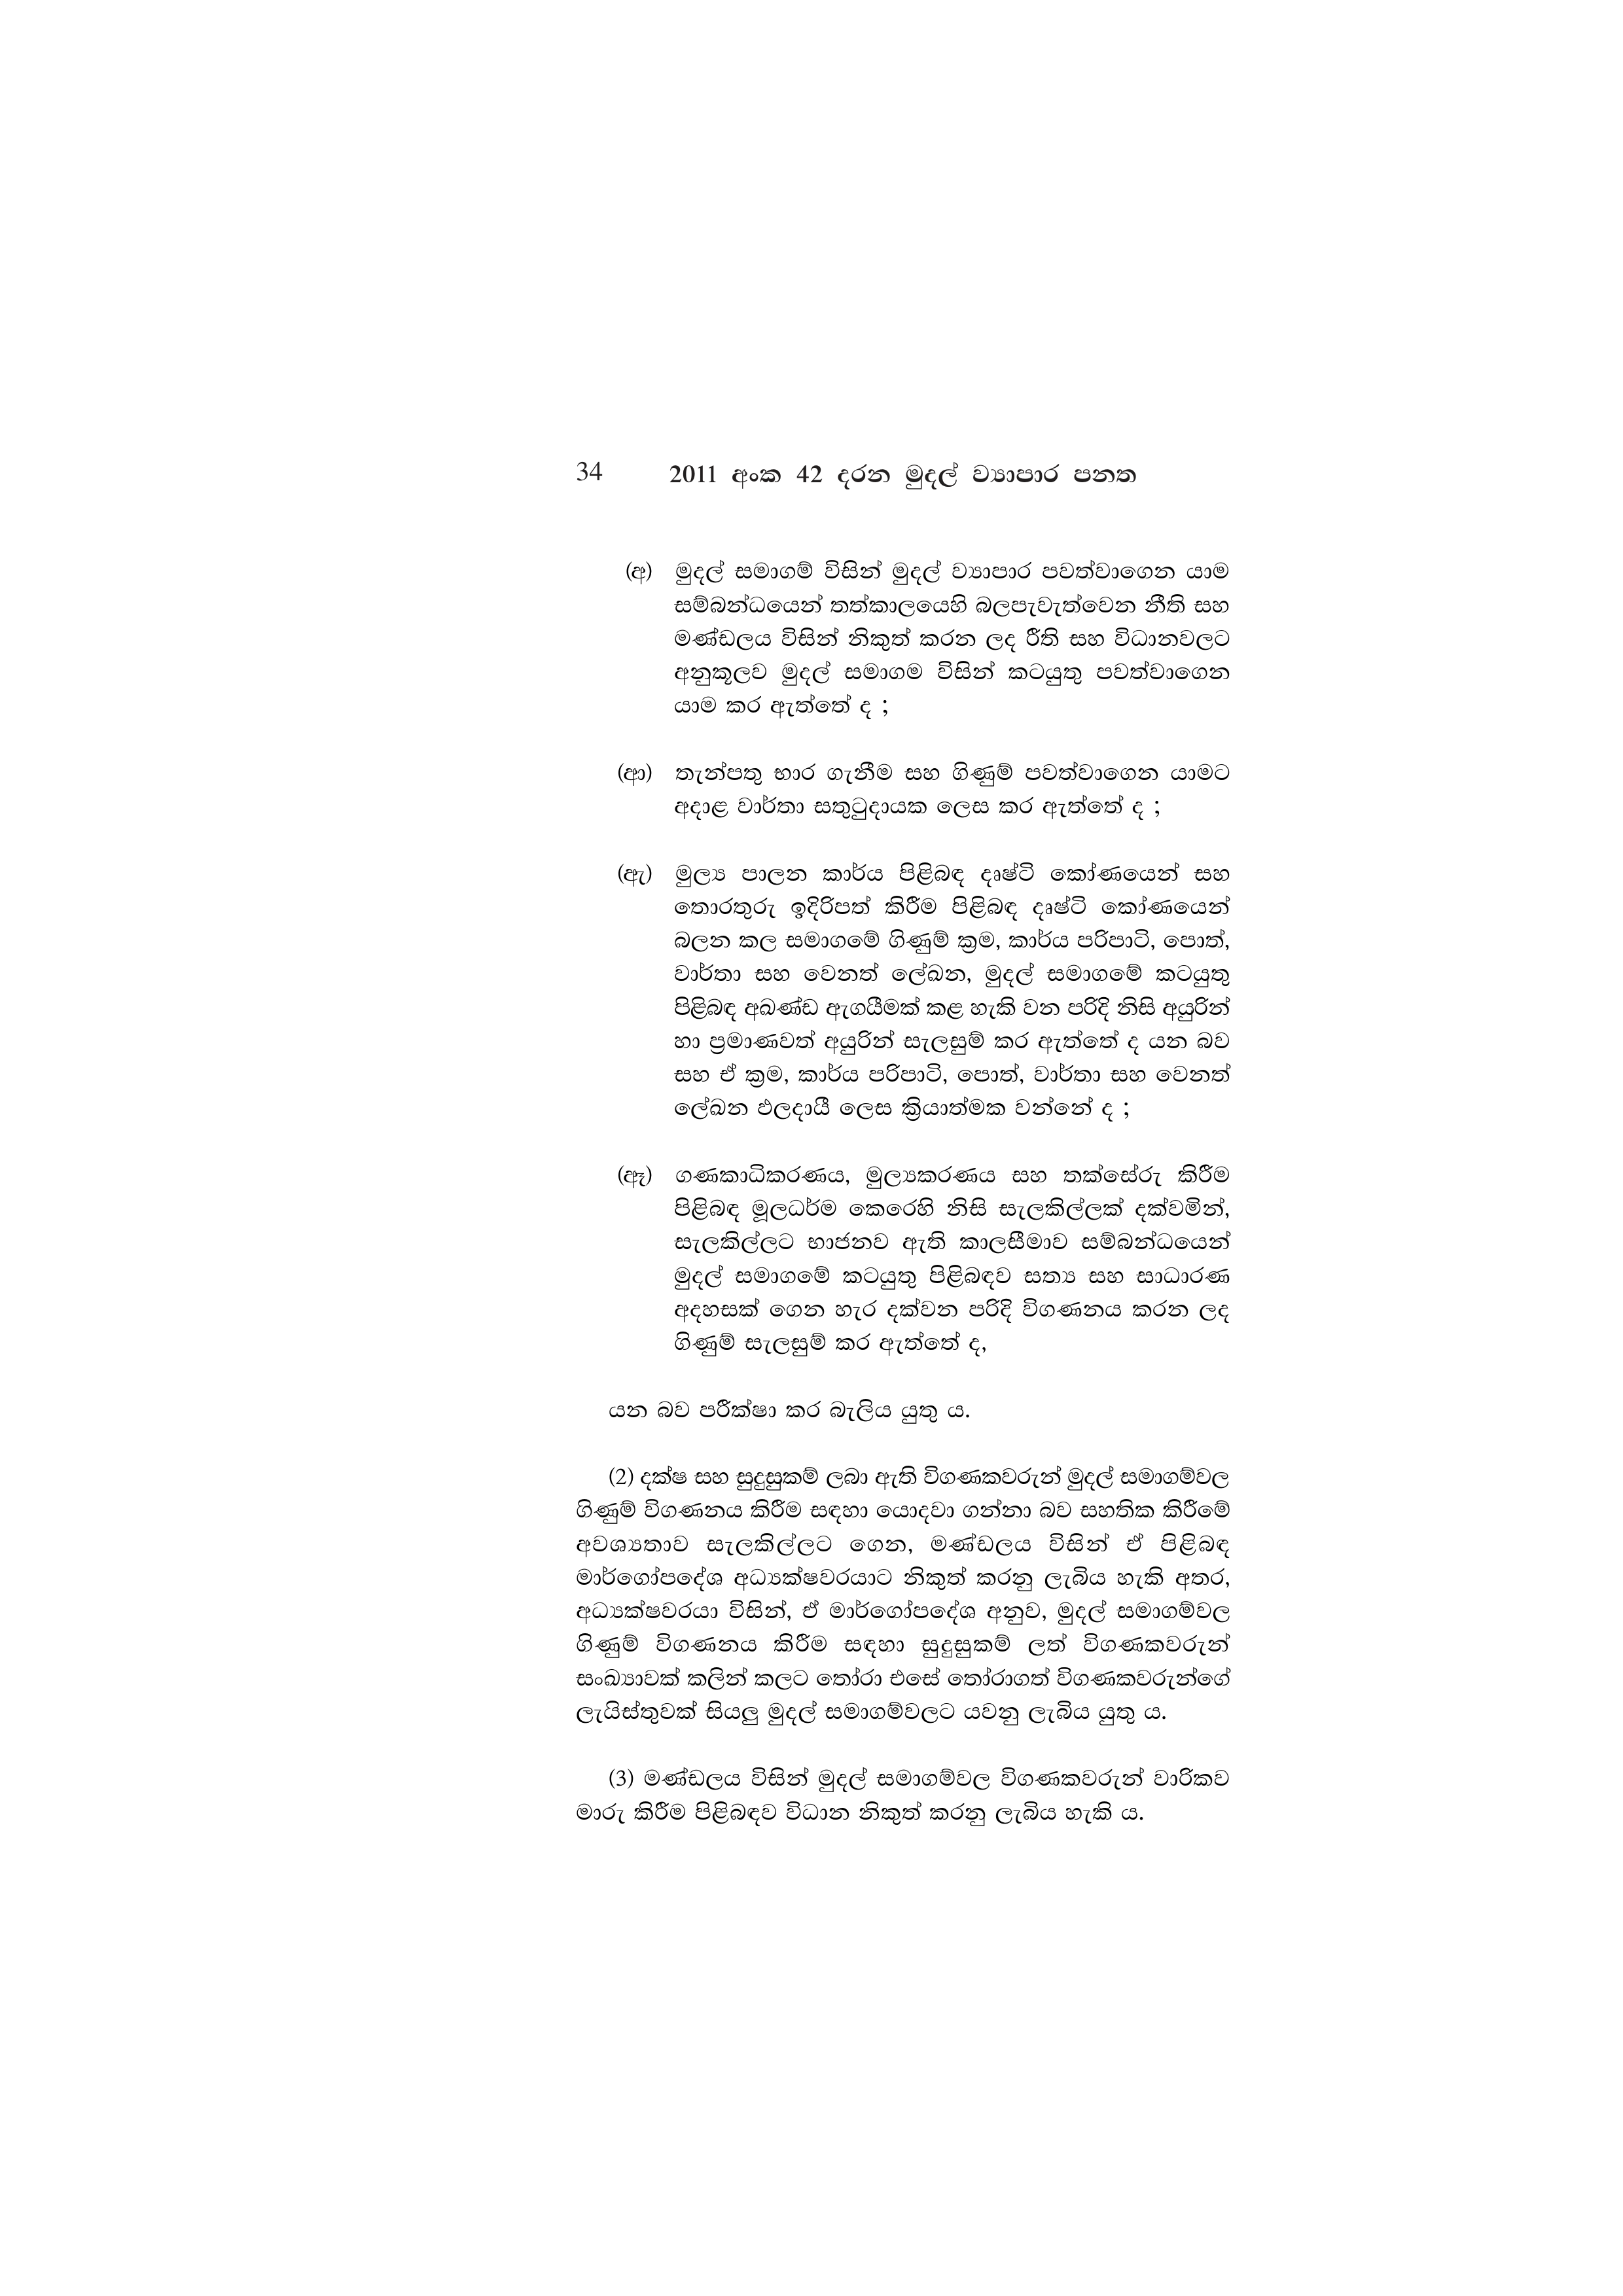
34 2011 අංක 42 දරන මුදල් ව්‍යාපාර පනත

(අ) මුදල් සමාගම් විසින් මුදල් ව්‍යාපාර පවත්වාගෙන යාම
සම්බන්ධයෙන් තත්කාලයෙහි බලපැවැත්වෙන නීති සහ
මණ්ඩලය විසින් නිකුත් කරන ලද රීති සහ විධානවලට
අනුකූලව මුදල් සමාගම විසින් කටයුතු පවත්වාගෙන
යාම කර ඇත්තේ ද ;

(ආ) තැන්පතු භාර ගැනීම සහ ගිණුම් පවත්වාගෙන යාමට
අදාළ වාර්තා සතුටුදායක ලෙස කර ඇත්තේ ද ;

(ඇ) මුල්‍ය පාලන කාර්ය පිළිබඳ දෘෂ්ටි කෝණයෙන් සහ
තොරතුරු ඉදිරිපත් කිරීම පිළිබඳ දෘෂ්ටි කෝණයෙන්
බලන කල සමාගමේ ගිණුම් ක්‍රම, කාර්ය පරිපාටි, පොත්,
වාර්තා සහ වෙනත් ලේඛන, මුදල් සමාගමේ කටයුතු
පිළිබඳ අඛණ්ඩ ඇගයීමක් කළ හැකි වන පරිදි නිසි අයුරින්
හා ප්‍රමාණවත් අයුරින් සැලසුම් කර ඇත්තේ ද යන බව
සහ ඒ ක්‍රම, කාර්ය පරිපාටි, පොත්, වාර්තා සහ වෙනත්
ලේඛන ඵලදායී ලෙස ක්‍රියාත්මක වන්නේ ද ;

(ඈ) ගණකාධිකරණය, මුල්‍යකරණය සහ තක්සේරු කිරීම
පිළිබඳ මූලධර්ම කෙරෙහි නිසි සැලකිල්ලක් දක්වමින්,
සැලකිල්ලට භාජනව ඇති කාලසීමාව සම්බන්ධයෙන්
මුදල් සමාගමේ කටයුතු පිළිබඳව සත්‍ය සහ සාධාරණ
අදහසක් ගෙන හැර දක්වන පරිදි විගණනය කරන ලද
ගිණුම් සැලසුම් කර ඇත්තේ ද,

යන බව පරීක්ෂා කර බැලිය යුතු ය.

(2) දක්ෂ සහ සුදුසුකම් ලබා ඇති විගණකවරුන් මුදල් සමාගම්වල
ගිණුම් විගණනය කිරීම සඳහා යොදවා ගන්නා බව සහතික කිරීමේ
අවශ්‍යතාව සැලකිල්ලට ගෙන, මණ්ඩලය විසින් ඒ පිළිබඳ
මාර්ගෝපදේශ අධ්‍යක්ෂවරයාට නිකුත් කරනු ලැබිය හැකි අතර,
අධ්‍යක්ෂවරයා විසින්, ඒ මාර්ගෝපදේශ අනුව, මුදල් සමාගම්වල
ගිණුම් විගණනය කිරීම සඳහා සුදුසුකම් ලත් විගණකවරුන්
සංඛ්‍යාවක් කලින් කලට තෝරා එසේ තෝරාගත් විගණකවරුන්ගේ
ලැයිස්තුවක් සියලු මුදල් සමාගම්වලට යවනු ලැබිය යුතු ය.

(3) මණ්ඩලය විසින් මුදල් සමාගම්වල විගණකවරුන් වාරිකව
මාරු කිරීම පිළිබඳව විධාන නිකුත් කරනු ලැබිය හැකි ය.